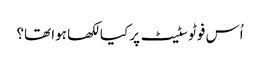
اُس فوٹو سٹیٹ پر کیا لکھا ہوا تھا؟